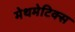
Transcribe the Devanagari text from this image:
मेथमेटिक्स